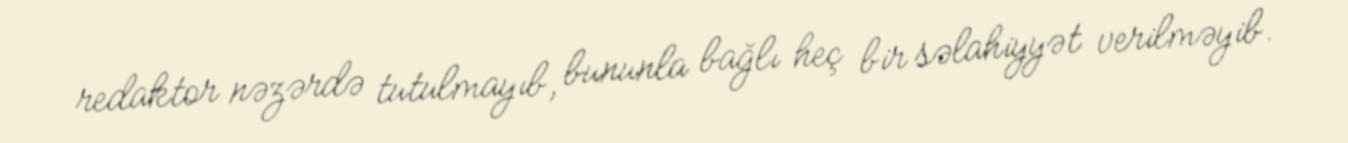
redaktor nəzərdə tutulmayıb, bununla bağlı heç bir səlahiyyət verilməyib.